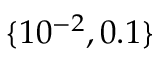
\lbrace 1 0 ^ { - 2 } , 0 . 1 \rbrace